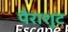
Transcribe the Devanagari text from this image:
पैराशुट